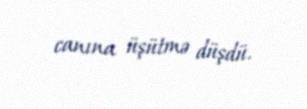
canına üşütmə düşdü.